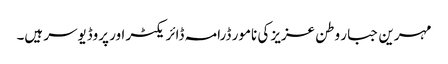
مہرین جبار وطن عزیز کی نامور ڈرامہ ڈائریکٹر اور پروڈیوسر ہیں۔